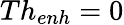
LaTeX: Th_{enh}=0